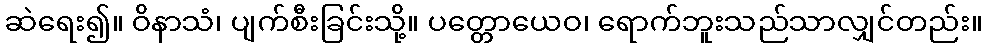
ဆဲရေး၍။ ဝိနာသံ၊ ပျက်စီးခြင်းသို့။ ပတ္တောယေဝ၊ ရောက်ဘူးသည်သာလျှင်တည်း။